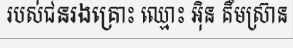
របស់ជនរងគ្រោះ ឈ្មោះ អ៊ិន គឹមស្រ៊ាន